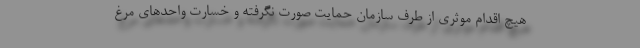
هیچ اقدام موثری از طرف سازمان حمایت صورت نگرفته و خسارت واحدهای مرغ